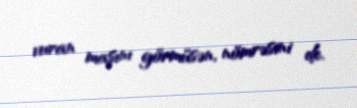
vuran maşını görmüsən, nömrəsini de.